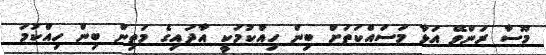
މޫސާ ރަންވޭ އަޅާ މަސައްކަތަށް ބިން ހިއްކުމަކީ އާދައިގެ މަތިން ބިން ހިއްކުމަ